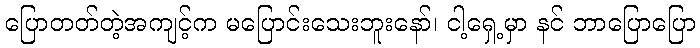
ပြောတတ်တဲ့အကျင့်က မပြောင်းသေးဘူးနော်၊ ငါ့ရှေ့မှာ နင် ဘာပြောပြော